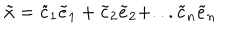
\tilde { x } = \tilde { c } _ { 1 } \tilde { e } _ { 1 } + \tilde { c } _ { 2 } \tilde { e } _ { 2 } + . . . \tilde { c } _ { n } \tilde { e } _ { n }